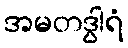
အမတဒွါရံ